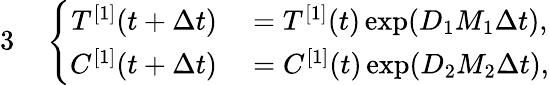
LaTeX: \begin{array}{rl}{{3}}&{{}\left\{ \begin{array}{rl}{T^{[1]}(t+\Delta{t})}&{{}=T^{[1]}(t)\exp(D_{1}M_{1}\Delta{t}),}\\ {C^{[1]}(t+\Delta{t})}&{{}=C^{[1]}(t)\exp(D_{2}M_{2}\Delta{t}),}\end{array}\right.}\end{array}